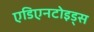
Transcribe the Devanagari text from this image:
एडिएनटोइड्स